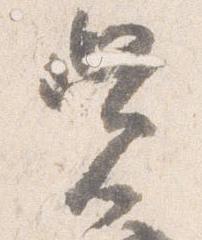
覚